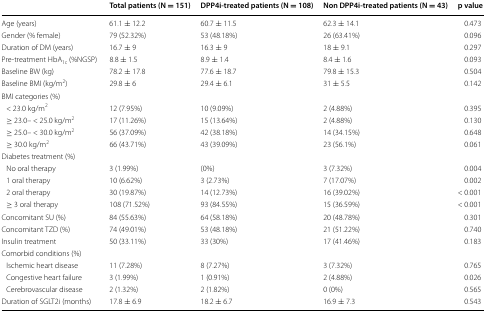
<table><thead><tr><td></td><td><b>Total patients (N = 151)</b></td><td><b>DPP4i-treated patients (N = 108)</b></td><td><b>Non DPP4i-treated patients (N = 43)</b></td><td><b>p value</b></td></tr></thead><tbody><tr><td>Age (years)</td><td>61.1 ± 12.2</td><td>60.7 ± 11.5</td><td>62.3 ± 14.1</td><td>0.473</td></tr><tr><td>Gender (% female)</td><td>79 (52.32%)</td><td>53 (48.18%)</td><td>26 (63.41%)</td><td>0.096</td></tr><tr><td>Duration of DM (years)</td><td>16.7 ± 9</td><td>16.3 ± 9</td><td>18 ± 9.1</td><td>0.297</td></tr><tr><td>Pre-treatment HbA<sub>1c</sub> (%NGSP)</td><td>8.8 ± 1.5</td><td>8.9 ± 1.4</td><td>8.4 ± 1.6</td><td>0.093</td></tr><tr><td>Baseline BW (kg)</td><td>78.2 ± 17.8</td><td>77.6 ± 18.7</td><td>79.8 ± 15.3</td><td>0.504</td></tr><tr><td>Baseline BMI (kg/m<sup>2</sup>)</td><td>29.8 ± 6</td><td>29.4 ± 6.1</td><td>31 ± 5.5</td><td>0.142</td></tr><tr><td colspan="5">BMI categories (%)</td></tr><tr><td> &lt; 23.0 kg/m<sup>2</sup></td><td>12 (7.95%)</td><td>10 (9.09%)</td><td>2 (4.88%)</td><td>0.395</td></tr><tr><td> ≥ 23.0– &lt; 25.0 kg/m<sup>2</sup></td><td>17 (11.26%)</td><td>15 (13.64%)</td><td>2 (4.88%)</td><td>0.130</td></tr><tr><td> ≥ 25.0– &lt; 30.0 kg/m<sup>2</sup></td><td>56 (37.09%)</td><td>42 (38.18%)</td><td>14 (34.15%)</td><td>0.648</td></tr><tr><td> ≥ 30.0 kg/m<sup>2</sup></td><td>66 (43.71%)</td><td>43 (39.09%)</td><td>23 (56.1%)</td><td>0.061</td></tr><tr><td colspan="5">Diabetes treatment (%)</td></tr><tr><td> No oral therapy</td><td>3 (1.99%)</td><td>(0%)</td><td>3 (7.32%)</td><td>0.004</td></tr><tr><td> 1 oral therapy</td><td>10 (6.62%)</td><td>3 (2.73%)</td><td>7 (17.07%)</td><td>0.002</td></tr><tr><td> 2 oral therapy</td><td>30 (19.87%)</td><td>14 (12.73%)</td><td>16 (39.02%)</td><td>&lt; 0.001</td></tr><tr><td> ≥ 3 oral therapy</td><td>108 (71.52%)</td><td>93 (84.55%)</td><td>15 (36.59%)</td><td>&lt; 0.001</td></tr><tr><td>Concomitant SU (%)</td><td>84 (55.63%)</td><td>64 (58.18%)</td><td>20 (48.78%)</td><td>0.301</td></tr><tr><td>Concomitant TZD (%)</td><td>74 (49.01%)</td><td>53 (48.18%)</td><td>21 (51.22%)</td><td>0.740</td></tr><tr><td>Insulin treatment</td><td>50 (33.11%)</td><td>33 (30%)</td><td>17 (41.46%)</td><td>0.183</td></tr><tr><td colspan="5">Comorbid conditions (%)</td></tr><tr><td> Ischemic heart disease</td><td>11 (7.28%)</td><td>8 (7.27%)</td><td>3 (7.32%)</td><td>0.765</td></tr><tr><td> Congestive heart failure</td><td>3 (1.99%)</td><td>1 (0.91%)</td><td>2 (4.88%)</td><td>0.026</td></tr><tr><td> Cerebrovascular disease</td><td>2 (1.32%)</td><td>2 (1.82%)</td><td>0 (0%)</td><td>0.565</td></tr><tr><td>Duration of SGLT2i (months)</td><td>17.8 ± 6.9</td><td>18.2 ± 6.7</td><td>16.9 ± 7.3</td><td>0.543</td></tr></tbody></table>